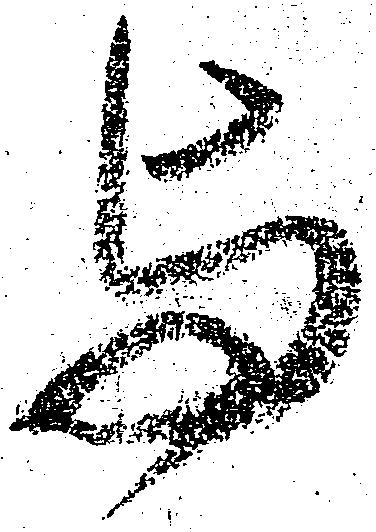
与